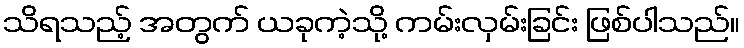
သိရသည့် အတွက် ယခုကဲ့သို့ ကမ်းလှမ်းခြင်း ဖြစ်ပါသည်။